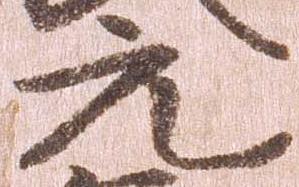
元